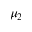
\mu _ { 2 }